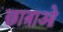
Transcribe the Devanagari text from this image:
छात्राओ